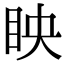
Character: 眏